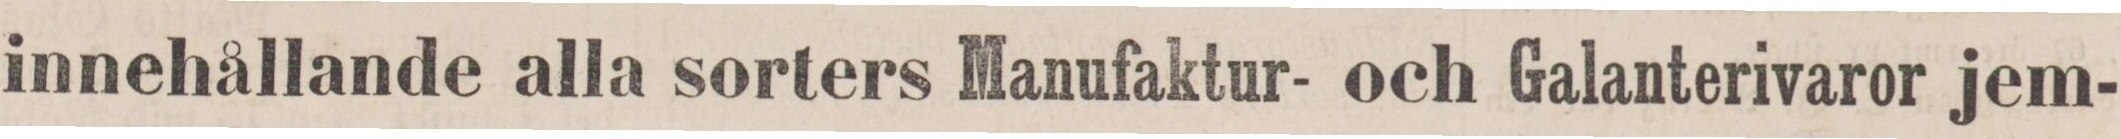
innehållande alla sorters Manufaktur- och Galanterivaror jem-